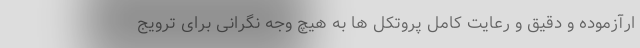
ارآزموده و دقیق و رعایت کامل پروتکل ها به هیچ وجه نگرانی برای ترویج